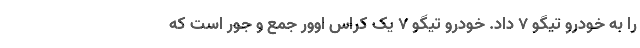
را به خودرو تیگو 7 داد. خودرو تیگو 7 یک کراس اوور جمع و جور است که